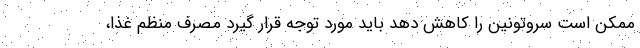
ممکن است سروتونین را کاهش دهد باید مورد توجه قرار گیرد مصرف منظم غذا،